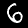
Label: 6